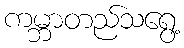
ကမ္ဘာတည်သရွေ့